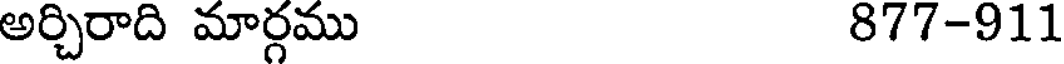
అర్చిరాది మార్గము 877-911